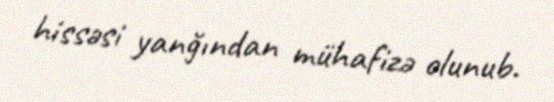
hissəsi yanğından mühafizə olunub.